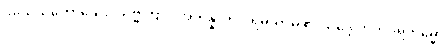
ဝိသေသတောယေဝ သဗ္ဗတြာပိ အဘိန္နာတိ ပုရိမယာမံ ဧဝသဒ္ဒေ ကတပရိကမ္မော